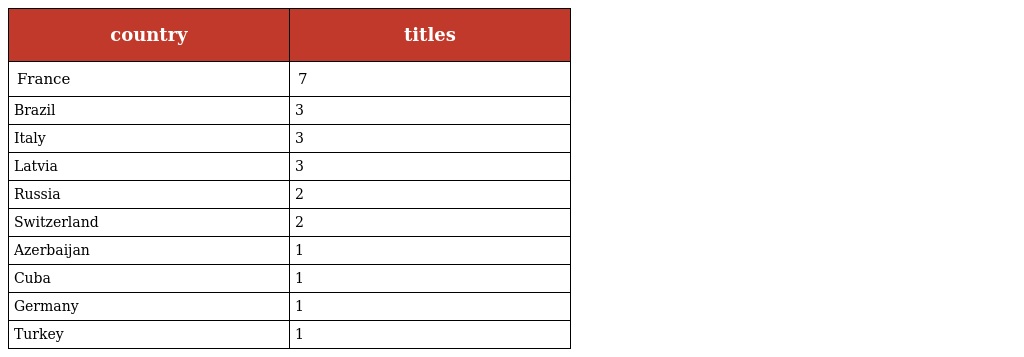
| country | titles |
 | --- | --- |
 | France | 7 |
 | Brazil | 3 |
 | Italy | 3 |
 | Latvia | 3 |
 | Russia | 2 |
 | Switzerland | 2 |
 | Azerbaijan | 1 |
 | Cuba | 1 |
 | Germany | 1 |
 | Turkey | 1 |